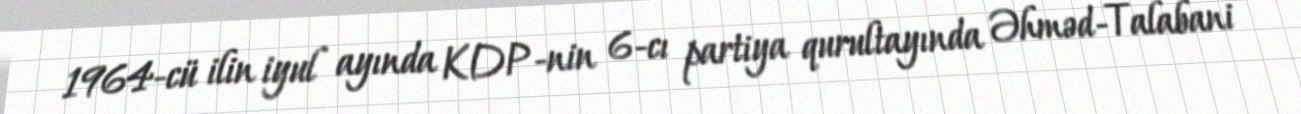
1964-cü ilin iyul ayında KDP-nin 6-cı partiya qurultayında Əhməd-Talabani